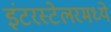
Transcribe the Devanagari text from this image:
इंटरस्टेलरमध्ये